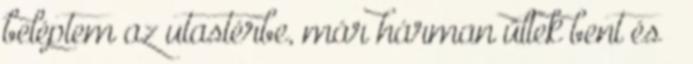
beléptem az utastérbe, már hárman ültek bent és –